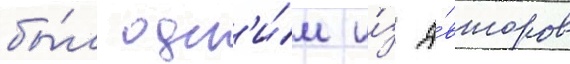
бы́л одн'и́м и́з а́второв